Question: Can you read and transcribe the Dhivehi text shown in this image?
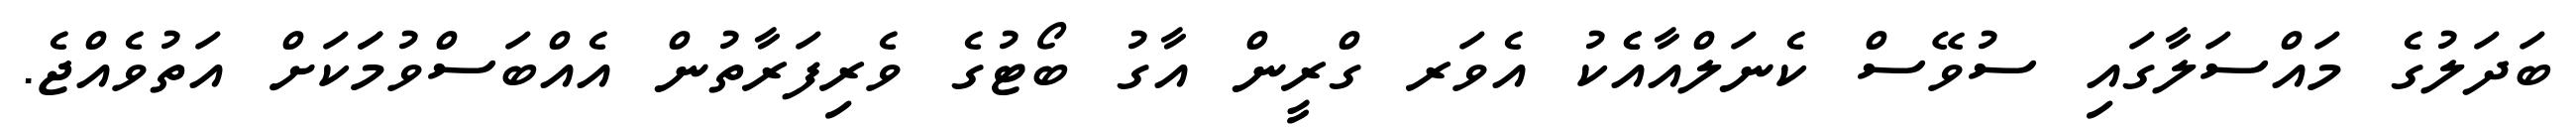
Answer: ބަދަލުގެ މައްސަލާގައި ސުވޭސް ކެނަލްއާއެެކު އެވަރ ގްރީން އާގު ބޯޓުގެ ވެރިފަރާތުން އެއްބަސްވުމަަކަށް އަތުވެއްޖެ.